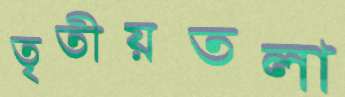
তৃতীয়তলা